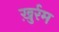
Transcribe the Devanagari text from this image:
ख़ुर्रम